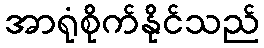
အာရုံစိုက်နိုင်သည်